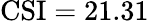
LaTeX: \mathrm{CSI}=21.31\